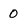
Character: 0